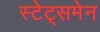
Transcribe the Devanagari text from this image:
स्‍टेट्समेन